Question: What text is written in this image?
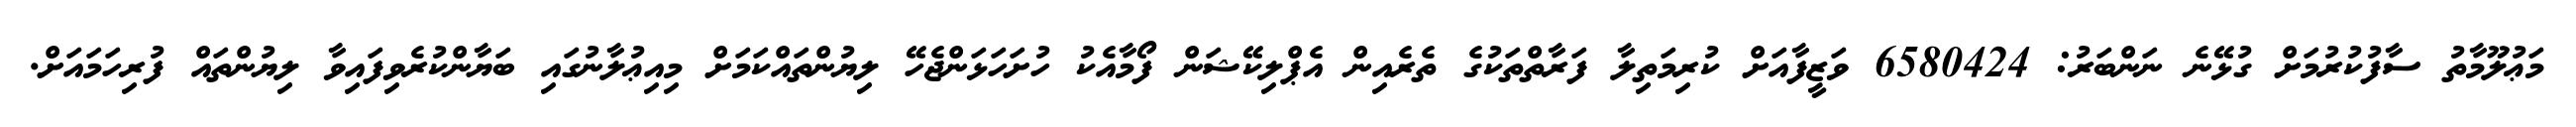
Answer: މަޢުލޫމާތު ސާފުކުރުމަށް ގުޅޭނެ ނަންބަރު: 6580424 ވަޒީފާއަށް ކުރިމަތިލާ ފަރާތްތަކުގެ ތެރެއިން އެޕްލިކޭޝަން ފޯމާއެކު ހުށަހަޅަންޖެހޭ ލިޔުންތައްކަމަށް މިއިޢުލާނުގައި ބަޔާންކުރެވިފައިވާ ލިޔުންތައް ފުރިހަމައަށް.